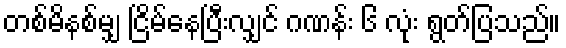
တစ်မိနစ်မျှ ငြိမ်နေပြီးလျှင် ဂဏန်း ၆ လုံး ရွတ်ပြသည်။